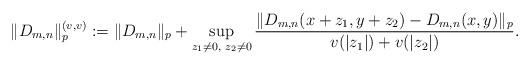
LaTeX: \begin{align*}\Vert D_{m,n}\Vert _{p}^{(v,v)}:=\Vert D_{m,n}\Vert _{p}+\sup_{z_{1}\neq0,\,\,z_{2}\neq 0}\frac{\Vert D_{m,n}(x+z_{1},y+z_{2})-D_{m,n}(x,y)\Vert _{p}}{v(|z_{1}|)+v(|z_{2}|)}. \end{align*}